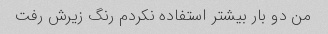
من دو بار بیشتر استفاده نکردم رنگ زیرش رفت